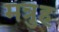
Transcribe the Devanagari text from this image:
मत्रुह